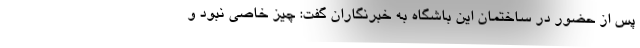
پس از حضور در ساختمان این باشگاه به خبرنگاران گفت: چیز خاصی نبود و